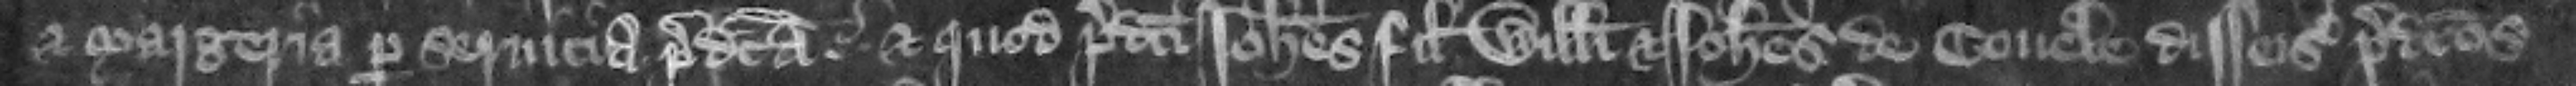
et Margeria per seruicia predicta et quod predicti Iohannes filius Willelmi et Iohannes de Couele disseisiuerunt predictos